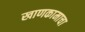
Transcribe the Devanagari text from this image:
खाणकामाचा